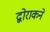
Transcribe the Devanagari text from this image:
द्वोराकने